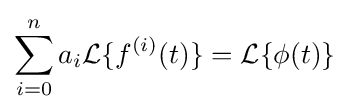
\sum _{i=0}^{n}a_{i}{\mathcal {L}}\{f^{(i)}(t)\}={\mathcal {L}}\{\phi (t)\}